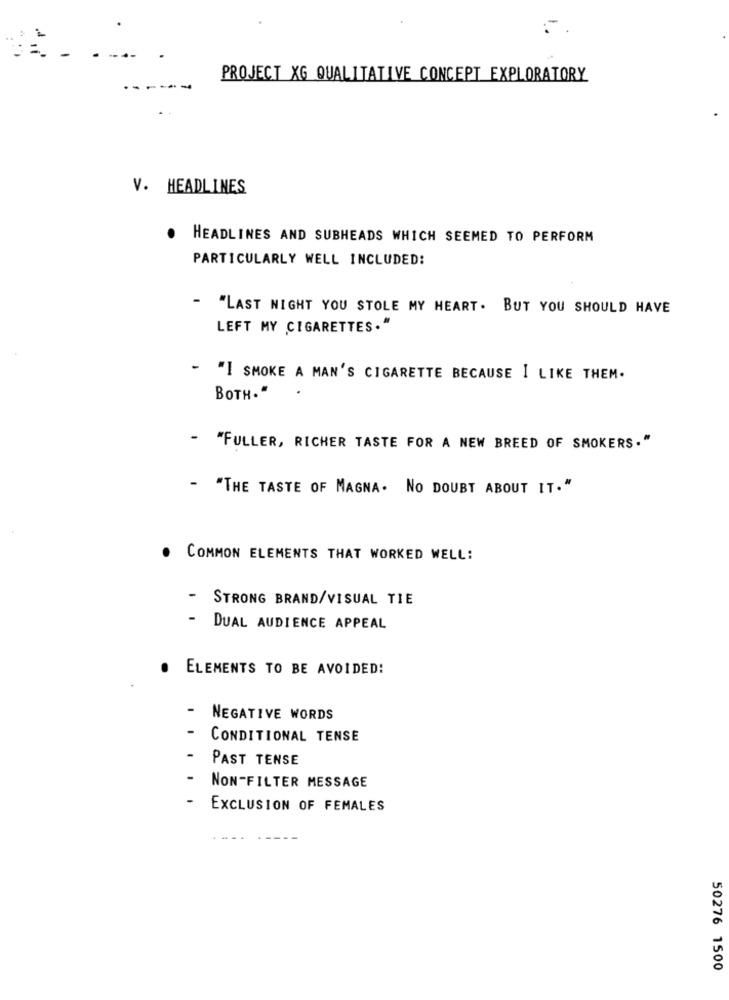
PROJECT XG QUALITATIVE CONCEPT EXPLORATORY
.. .
V. HEADLINES
HEADLINES AND SUBHEADS WHICH SEEMED TO PERFORM
PARTICULARLY WELL INCLUDED:
-
"LAST NIGHT YOU STOLE MY HEART. BUT YOU SHOULD HAVE
LEFT MY CIGARETTES."
- "I SMOKE A MAN'S CIGARETTE BECAUSE I LIKE THEM.
BOTH."
- "FULLER, RICHER TASTE FOR A NEW BREED OF SMOKERS."
- "THE TASTE OF MAGNA. NO DOUBT ABOUT IT."
. COMMON ELEMENTS THAT WORKED WELL:
-
STRONG BRAND/VISUAL TIE
- DUAL AUDIENCE APPEAL
ELEMENTS TO BE AVOIDED!
NEGATIVE WORDS
-
CONDITIONAL TENSE
PAST TENSE
NON-FILTER MESSAGE
EXCLUSION OF FEMALES
50276 1500